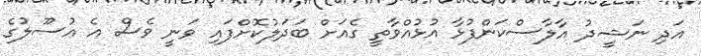
އަދި ނަޝީދު އާލާސްކަންފުޅާ އުޅުއްވާތީ ގެއަށް ބަދަލުކޮށްފައި ވަނީ ވެސް އެ އުސޫލުގެ